Report of the Indian Hemp Drugs Commission, 1894-1895 - Volume VI
Year: 1894
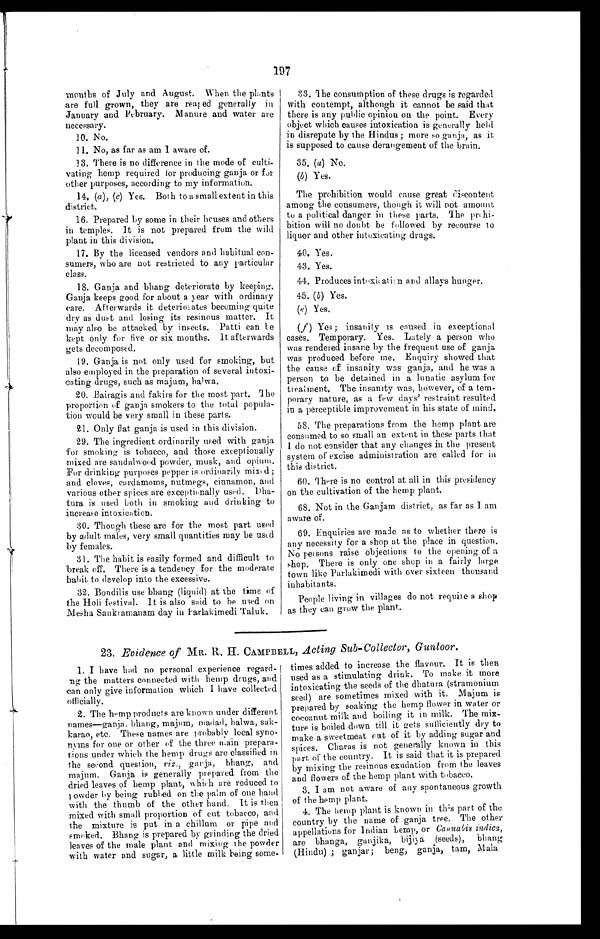
197
months of July and August. When the plants
are full grown, they are reaped generally in
January and February. Manure and water are
necessary.
10. No.
11. No, as far as am I aware of.
13. There is no difference in the mode of culti-
vating hemp required for producing ganja or for
other purposes, according to my information.
14. (a), (c) Yes. Both to a small extent in this
district.
16. Prepared by some in their houses and others
in temples. It is not prepared from the wild
plant in this division.
17. By the licensed vendors and habitual con-
sumers, who are not restricted to any particular
class.
18. Ganja and bhang deteriorate by keeping.
Ganja keeps good for about a year with ordinary
care. Afterwards it deteriorates becoming quite
dry as dust and losing its resinous matter. It
may also be attacked by insects. Patti can be
kept only for five or six months. It afterwards
gets decomposed.
19. Ganja is not only used for smoking, but
also employed in the preparation of several intoxi-
cating drugs, such as majum, halwa.
20. Bairagis and fakirs for the most part. The
proportion of ganja smokers to the total popula-
tion would be very small in these parts.
21. Only flat ganja is used in this division.
29. The ingredient ordinarily used with ganja
for smoking is tobacco, and those exceptionally
mixed are sandalwood powder, musk, and opium.
For drinking purposes pepper is ordinarily mixed;
and cloves, cardamoms, nutmegs, cinnamon, and
various other spices are exceptionally used. Dha-
tura is used both in smoking and drinking to
increase intoxication.
30. Though these are for the most part used
by adult males, very small quantities may be used
by females.
31. The habit is easily formed and difficult to
break off. There is a tendency for the moderate
habit to develop into the excessive.
32. Bondilis use bhang (liquid) at the time of
the Holi festival. It is also said to be used on
Mesha Sankramanam day in Parlakimedi Taluk.
33.
The consumption of these drugs is regarded
with contempt, although it cannot be said that
there is any public opinion on the point. Every
object which causes intoxication is generally held
in disrepute by the Hindus; more so ganja, as it
is supposed to cause derangement of the brain.
35. (a) No.
(b) Yes.
The prohibition would cause great discontent
among the consumers, though it will not amount
to a political danger in these parts. The prohi-
bition will no doubt be followed by recourse to
liquor and other intoxicating drugs.
40. Yes.
43. Yes.
44. Produces intoxication and allays hunger.
45. (b) Yes.
(e) Y e s .
( f ) Y e s ; i n s a n i t y i s c a u s e d i n e x c e p t i o n a l
cases. Temporary. Yes. Lately a person who
was rendered insane by the frequent use of ganja
was produced before me. Enquiry showed that
the cause of insanity was ganja, and he was a
person to be detained in a lunatic asylum for
treatment. The insanity was, however, of a tem-
porary nature, as a few days' restraint resulted
in a perceptible improvement in his state of mind.
58. The preparations from the hemp plant are
consumed to so small an extent in these parts that
I do not consider that any changes in the present
system of excise administration are called for in
this district.
60. There is no control at all in this presidency
on the cultivation of the hemp plant.
68. Not in the Ganjam district, as far as I am
aware of.
69. Enquiries are made as to whether there is
any necessity for a shop at the place in question.
No persons raise objections to the opening of a
shop. There is only one shop in a fairly large
town like Parlakimedi with over sixteen thousand
inhabitants.
People living in villages do not require a shop
as they can grow the plant.
23. Evidence of MR. H. CAMPBELL, Acting Sub-Collector, Guntoor.
1. I have had no personal experience
r e g a r - d i n g t h e m a t t e r s c o n n e c t e d w i t h h e m p d r u g s , a n d
can only give information which I have collected officially.
2. The hemp products are known under different
names—ganja, bhang, majum, madad, halwa, sak-
karao, etc. These names are probably local syno-
nyms for one or other of the three main prepara-
tions under which the hemp drugs are classified in
the second question, viz., ganja, bhang, and
majum. Ganja is generally prepared from the
dried leaves of hemp plant, which are reduced to
powder by being rubbed on the palm of one hand
with the thumb of the other hand. It is then
mixed with small proportion of cut tobacco, and
the mixture is put in a chillum or pipe and
smoked. Bhang is prepared by grinding the dried
leaves of the male plant and mixing the powder
with water and sugar, a little milk being some-
times added to increase the flavour. It is then
used as a stimulating drink. To make it more
intoxicating the seeds of the dhatura (stramonium
seed) are sometimes mixed with it. Majum is
prepared by soaking the hemp flower in water or
cocoanut milk and boiling it in milk. The mix-
ture is boiled down till it gets sufficiently dry to
make a sweetmeat cut of it by adding sugar and
spices. Charas is not generally known in this
part of the country. It is said that it is prepared
by mixing the resinous exudation from the leaves
and flowers of the hemp plant with tobacco.
3. I am not aware of any spontaneous growth
of the hemp plant.
4. The hemp plant is known in this part of the
country by the name of ganja tree. The other
appellations for Indian hemp, or
Cannabis indica, are bhanga, ganjika, bijiya (seeds), bhang
(Hindu) ; ganjar; beng, ganja, tam, Mala